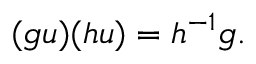
( g u ) ( h u ) = h ^ { - 1 } g .